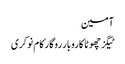
آمین
ٹیگزچھوٹا کاروبار روگار کام نوکری